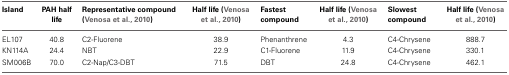
<table><thead><tr><td><b>Island</b></td><td><b>PAH half life</b></td><td><b>Representative compound (Venosa et al., 2010)</b></td><td><b>Half life (Venosa et al., 2010)</b></td><td><b>Fastest compound</b></td><td><b>Half life (Venosa et al., 2010)</b></td><td><b>Slowest compound</b></td><td><b>Half life (Venosa et al., 2010)</b></td></tr></thead><tbody><tr><td>EL107</td><td>40.8</td><td>C2-Fluorene</td><td>38.9</td><td>Phenanthrene</td><td>4.3</td><td>C4-Chrysene</td><td>888.7</td></tr><tr><td>KN114A</td><td>24.4</td><td>NBT</td><td>22.9</td><td>C1-Fluorene</td><td>11.9</td><td>C4-Chrysene</td><td>330.1</td></tr><tr><td>SM006B</td><td>70.0</td><td>C2-Nap/C3-DBT</td><td>71.5</td><td>DBT</td><td>24.8</td><td>C4-Chrysene</td><td>462.1</td></tr></tbody></table>